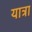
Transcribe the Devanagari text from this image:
यात्रा